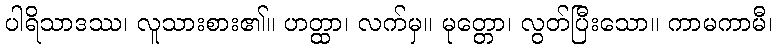
ပါရိသာဒဿ၊ လူသားစား၏။ ဟတ္ထာ၊ လက်မှ။ မုတ္တော၊ လွတ်ပြီးသော။ ကာမကာမီ၊